Report of the Indian Hemp Drugs Commission, 1894-1895 - Volume IV
Year: 1894
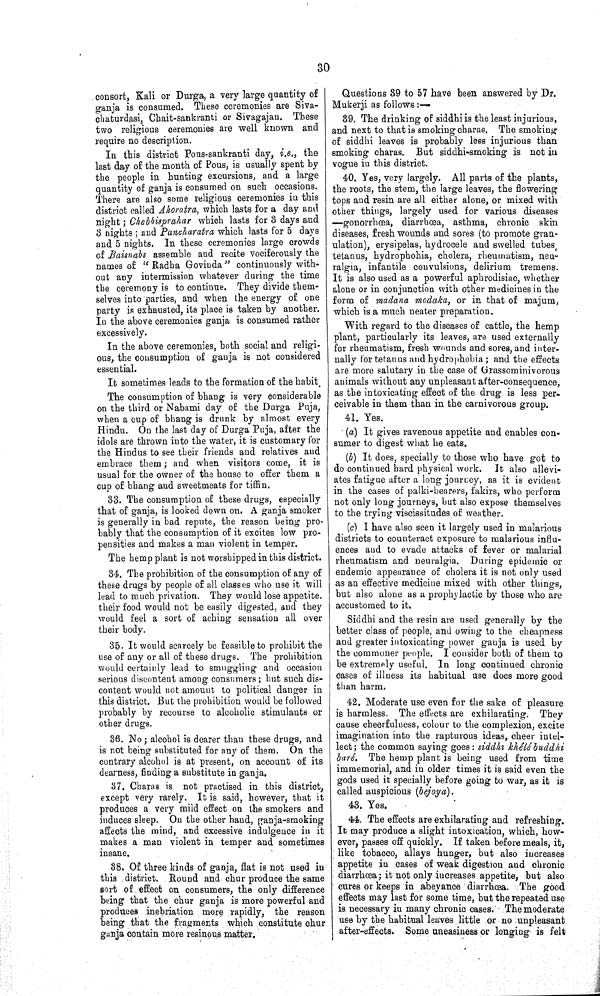
30
consort, Kali or Durga, a very large quantity of
ganja is consumed. These ceremonies are Siva-
chaturdasi, Chait-sankranti or Sivagajan. These
two religious ceremonies are well known and
require no description.
In this district Pous-sankranti day, i.e., the
last day of the month of Pous, is usually spent by
the people in hunting excursions, and a large
quantity of ganja is consumed on such occasions.
There are also some religious ceremonies in this
district called Ahoratra, which lasts for a day and
night; Chabhisprahar which lasts for 3 days and
3 nights; and Pancharatra which lasts for 5 days
and 5 nights. In these ceremonies large crowds
of Baisnabs assemble and recite vociferously the
names of "Radha Govinda" continuously with-
out any intermission whatever during the time
the ceremony is to continue. They divide them-
selves into parties, and when the energy of one
party is exhausted, its place is taken by another.
In the above ceremonies ganja is consumed rather
excessively.
In the above ceremonies, both social and religi-
ous, the consumption of ganja is not considered
essential.
It sometimes leads to the formation of the habit.
The consumption of bhang is very considerable
on the third or Nabami day of the Durga Puja,
when a cup of bhang is drunk by almost every
Hindu. On the last day of Durga Puja, after the
idols are thrown into the water, it is customary for
the Hindus to see their friends and relatives and
embrace them; and when visitors come, it is
usual for the owner of the house to offer them a
cup of bhang and sweetmeats for tiffin.
33. The consumption of these drugs, especially
that of ganja, is looked down on. A ganja smoker
is generally in bad repute, the reason being pro-
bably that the consumption of it excites low pro-
pensities and makes a man violent in temper.
The hemp plant is not worshipped in this district.
34. The prohibition of the consumption of any of
these drugs by people of all classes who use it will
lead to much privation. They would lose appetite
their food would not be easily digested, and they
would feel a sort of aching sensation all over
their body.
35. It would scarcely be feasible to prohibit the
use of any or all of these drugs. The prohibition
would certainly lead to smuggling and occasion
serious discontent among consumers; but such dis-
content would not amount to political danger in
this district. But the prohibition would be followed
probably by recourse to alcoholic stimulants or
other drugs.
36. No; alcohol is dearer than these drugs, and
is not being substituted for any of them. On the
contrary alcohol is at present, on account of its
dearness, finding a substitute in ganja.
37. Charas is not practised in this district,
except very rarely. It is said, however, that it
produces a very mild effect on the smokers and
induces sleep. On the other hand, ganja-smoking
affects the mind, and excessive indulgence in it
makes a man violent in temper and sometimes
insane.
38. Of three kinds of ganja, flat is not used in
this district. Round and chur produce the same
sort of effect on consumers, the only difference
being that the chur ganja is more powerful and
produces inebriation more rapidly, the reason
being that the fragments which constitute chur
ganja contain more resinous matter.
Questions 39 to 57 have been answered by Dr.
Mukerji as follows:—
39. The drinking of siddhi is the least injurious,
and next to that is smoking charas. The smoking
of siddhi leaves is probably less injurious than
smoking charas. But siddhi-smoking is not in
vogue in this district.
40. Yes, very largely. All parts of the plants,
the roots, the stem, the large leaves, the flowering
tops and resin are all either alone, or mixed with
other things, largely used for various diseases
—gonorrhœa, diarrhœa, asthma, chronic skin
diseases, fresh wounds and sores (to promote gran-
ulation), erysipelas, hydrocele and swelled tubes
tetanus, hydrophohia, cholera, rheumatism, neu-
ralgia, infantile convulsions, delirium tremens.
It is also used as a powerful aphrodisiac, whether
alone or in conjunction with other medicines in the
form of madana modaka, or in that of majum,
which is a much neater preparation.
"With regard to the diseases of cattle, the hemp
plant, particularly its leaves, are used externally
for rheumatism, fresh wounds and sores, and inter-
nally for tetanus and hydrophobia; and the effects
are more salutary in the case of Grassominivorous
animals without any unpleasant after-consequence,
as the intoxicating effect of the drug is less per-
ceivable in them than in the carnivorous group.
41. Yes.
(a) It gives ravenous appetite and enables con-
sumer to digest what he eats.
(b) It does, specially to those who have got to
do continued hard physical work.
It also allevi-
ates fatigue after a long journey, as it is evident
in the cases of palki-bearers, fakirs, who perform
not only long journeys, but also expose themselves
to the trying viscissitudes of weather.
(c) I have also seen it largely used in malarious
districts to counteract exposure to malarious influ-
ences and to evade attacks of fever or malarial
rheumatism and neuralgia. During epidemic or
endemic appearance of cholera it is not only used
as an effective medicine mixed with other things,
but also alone as a prophylactic by those who are
accustomed to it.
Siddhi and the resin are used generally by the
better class of people, and owing to the cheapness
and greater intoxicating power ganja is used by
the commoner people. I consider both of them to
be extremely useful. In long continued chronic
cases of illness its habitual use does more good
than harm.
42. Moderate use even for the sake of pleasure
is harmless. The effects are exhilarating. They
cause cheerfulness, colour to the complexion, excite
imagination into the rapturous ideas, cheer intel-
lect; the common saying goes: siddhi khélé buddhi
baré. The hemp plant is being used from time
immemorial, and in older times it is said even the
gods used it specially before going to war, as it is
called auspicious (bejoya).
43. Yes.
44. The effects are exhilarating and refreshing.
It may produce a slight intoxication, which, how-
ever, passes off quickly. If taken before meals, it,
like tobacco, allays hunger, but also increases
appetite in cases of weak digestion and chronic
diarrhœa; it not only increases appetite, but also
cures or keeps in abeyance diarrhœa. The good
effects may last for some time, but the repeated use
is necessary in many chronic cases. The moderate
use by the habitual leaves little or no unpleasant
after-effects. Some uneasiness or longing is felt